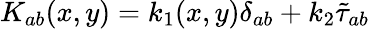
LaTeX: K_{ab}(x,y)=k_{1}(x,y)\delta_{ab}+k_{2}{\tilde{\tau}}_{ab}